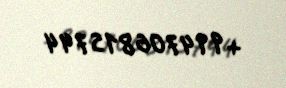
+994706815744